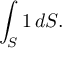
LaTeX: \int _ { S } 1 \, d S .